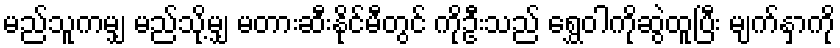
မည်သူကမျှ မည်သို့မျှ မတားဆီးနိုင်မီတွင် ကိုဦးသည် ရွှေဝါကိုဆွဲထူပြီး မျက်နှာကို